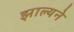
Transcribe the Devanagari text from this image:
झाल्यने